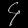
Digit: ၄